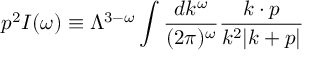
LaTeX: p ^ { 2 } I ( \omega ) \equiv \Lambda ^ { 3 - \omega } \int { \frac { d k ^ { \omega } } { ( 2 \pi ) ^ { \omega } } } { \frac { k \cdot p } { k ^ { 2 } | k + p | } }